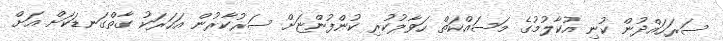
ސަރަހައްދުން ކުނި އުކާލުމުގެ މަސައްކަތް ހަވާލުކުރި ކުންފުންޏަށް ސަރުކާރުން އަހަރަކު ގާތްގަނޑަކަށް އަށް